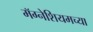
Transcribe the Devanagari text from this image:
मॅग्नेशियमच्या